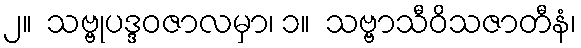
၂။  သဗ္ဗုပဒ္ဒဝဇာလမှာ၊ ၁။  သဗ္ဗာသီဝိသဇာတီနံ၊